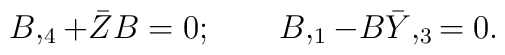
B,_4 + \bar Z B =0;\qquad B,_1-B \bar Y,_3 =0.